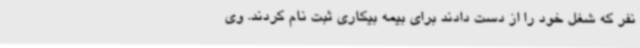
نفر که شغل خود را از دست دادند برای بیمه بیکاری ثبت نام کردند. وی